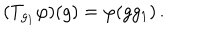
( T _ { g _ { 1 } } \varphi ) ( g ) = \varphi ( g g _ { 1 } ) \, .